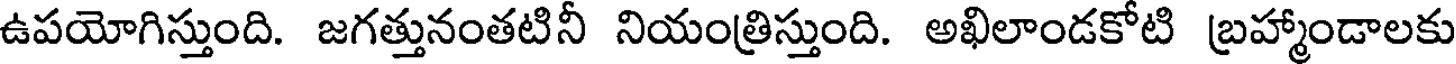
ఉపయోగిస్తుంది. జగత్తునంతటినీ నియంత్రిస్తుంది. అఖిలాండకోటి బ్రహ్మాండాలకు